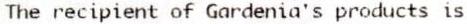
THE RECIPIENT OF GARDENIA'S PRODUCTS IS